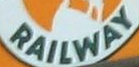
RAILWAY